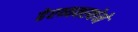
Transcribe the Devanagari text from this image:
हेरव्यवस्थेने